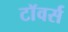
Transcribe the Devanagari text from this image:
टाॅवर्स